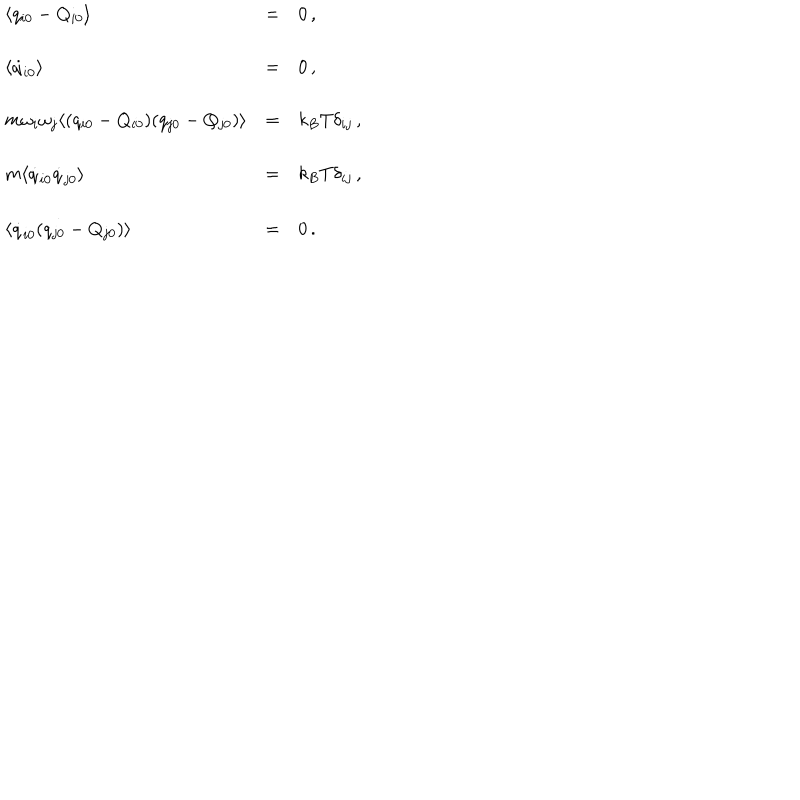
LaTeX: \begin{array} { l l l } { { \langle q _ { i 0 } - Q _ { i 0 } \rangle } } & { { = } } & { { 0 \, , } } \\ { { } } & { { } } & { { } } \\ { { \langle \dot { q } _ { i 0 } \rangle } } & { { = } } & { { 0 \, , } } \\ { { } } & { { } } & { { } } \\ { { m \omega _ { i } \omega _ { j } \langle ( q _ { i 0 } - Q _ { i 0 } ) ( q _ { j 0 } - Q _ { j 0 } ) \rangle } } & { { = } } & { { k _ { B } T \delta _ { i j } \, , } } \\ { { } } & { { } } & { { } } \\ { { m \langle \dot { q } _ { i 0 } \dot { q } _ { j 0 } \rangle } } & { { = } } & { { k _ { B } T \delta _ { i j } \, , } } \\ { { } } & { { } } & { { } } \\ { { \langle \dot { q } _ { i 0 } ( q _ { j 0 } - Q _ { j 0 } ) \rangle } } & { { = } } & { { 0 \, . } } \\ \end{array}